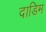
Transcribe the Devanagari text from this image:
दाडिम